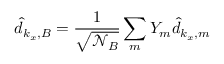
\hat { d } _ { k _ { x } , B } = { \frac { 1 } { \sqrt { \mathcal { N } _ { B } } } } \sum _ { m } Y _ { m } \hat { d } _ { k _ { x } , m }